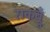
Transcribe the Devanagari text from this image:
राकब्रूँ